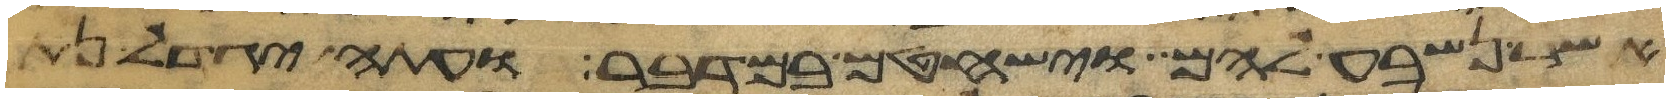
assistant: אשר נשבע להם וישחטם במדבר ועתה יגדל